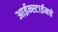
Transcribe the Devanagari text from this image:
आईन्स्टाईनचे